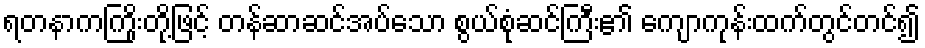
ရတနာကကြိုးတို့ဖြင့် တန်ဆာဆင်အပ်သော စွယ်စုံဆင်ကြီး၏ ကျောကုန်းထက်တွင်တင်၍